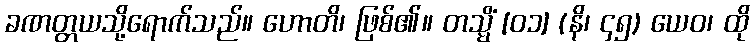
ခဏတ္တယသို့ရောက်သည်။ ဟောတိ၊ ဖြစ်၏။ တသ္မိံ [၀၁] (နိ၊ ၄၅) ယေဝ၊ ထို